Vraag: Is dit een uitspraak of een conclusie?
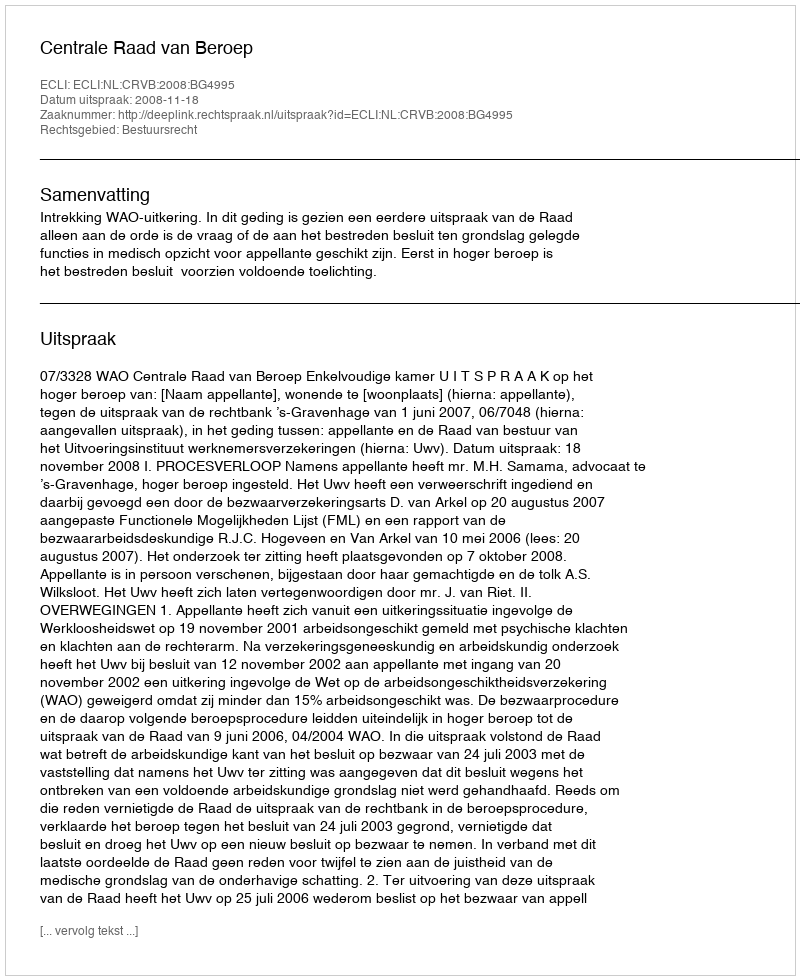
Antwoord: Uitspraak